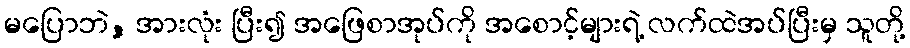
မပြောဘဲ, အားလုံး ပြီး၍ အဖြေစာအုပ်ကို အစောင့်များရဲ့ လက်ထဲအပ်ပြီးမှ သူတို့